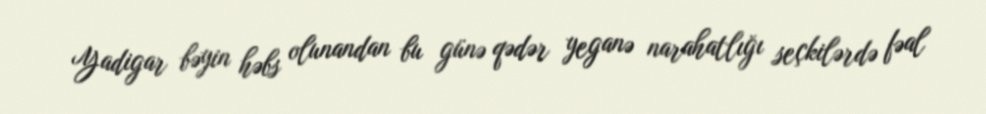
Yadigar bəyin həbs olunandan bu günə qədər yeganə narahatlığı seçkilərdə fəal